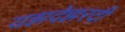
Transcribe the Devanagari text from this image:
यझदेझरदी